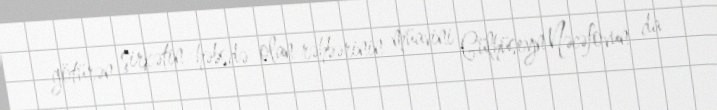
götürən şirkətin həbsdə olan rəhbərinin müavini Gülhüseyn Nəcəfovun da